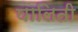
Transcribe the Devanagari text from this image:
घालिती